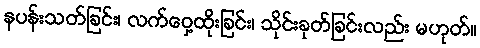
နပန်းသတ်ခြင်း၊ လက်ဝှေ့ထိုးခြင်း၊ သိုင်းခုတ်ခြင်းလည်း မဟုတ်။